Report on the bubonic plague in Bombay, 1896-1897
Year: 1896
Disease focus: Plague
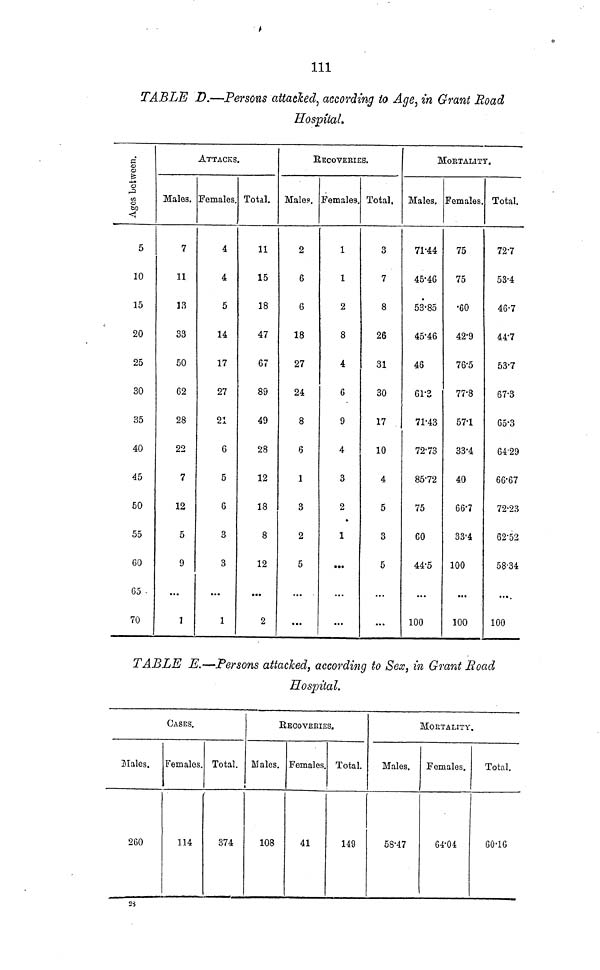
111
TABLE D.—Persons attacked, according to Age, in Grant Road
Hospital.
Ages between.
5
10
15
20
25
30
35
40
45
50
55
60
65
70
ATTACKS.
RECOVERIES.
MORTALITY.
Males. Females. Total. Males. Females. Total. Males. Females. Total.
7
11
13
33
50
62
28
22
7
12
5
9
...
1
4
4
5
14
17
27
21
6
5
6
3
3
...
1
11
15
18
47
67
89
49
28
12
18
8
12
...
2
2
6
6
18
27
24
8
6
1
3
2
5
...
...
1
1
2
8
4
6
9
4
3
2
1
...
...
...
3
7
8
26
31
30
17
10
4
5
3
5
...
•••
71.44
45.46
53.85
45.46
46
61.3
71.43
72.73
85.72
75
60
44.5
...
100
75
75
60
42.9
76.5
77.8
57.1
33.4
40
66.7
33.4
100
...
100
72.7
53.4
46.7
44.7
53.7
67.3
65.3
64.29
66.67
72.23
62-52
58-34
....
100
TABLE
E.—Persons
attacked,
according
to Sex, in Grant
Road
Hospital,
CASES.
Males.
260
Females.
114
Total.
374
RECOVERIES.
Males.
108
Females.
41
Total.
149
MORTALITY.
Males.
58.47
Females.
64-01
Total.
60.16